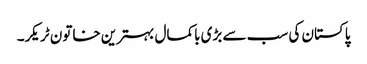
پاکستان کی سب سے بڑی باکمال بہترین خاتون ٹریکر۔